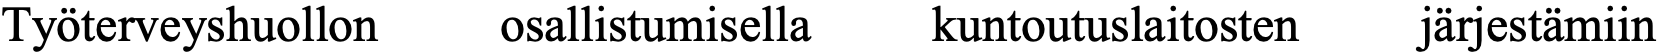
Työterveyshuollon osallistumisella kuntoutuslaitosten järjestämiin